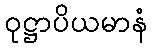
ဝုဋ္ဌာပိယမာနံ